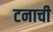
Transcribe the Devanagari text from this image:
टनाची